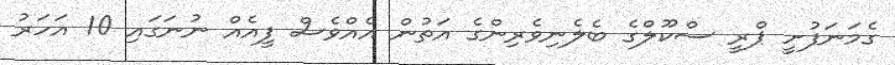
ގެމަނަފުށީ ޕްރީ ސްކޫލްގެ ބެލެނިވެރިންގެ އަތުން އެއްވެސް ފީއެއް ނުނަގައި 10 އަހަރު